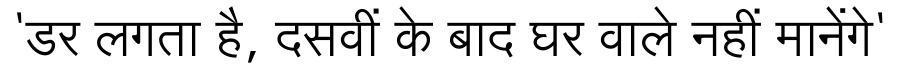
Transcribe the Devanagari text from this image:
'डर लगता है, दसवीं के बाद घर वाले नहीं मानेंगे'